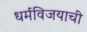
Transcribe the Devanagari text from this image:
धर्मविजयाची